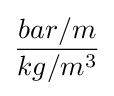
{\frac {bar/m}{kg/m^{3}}}